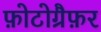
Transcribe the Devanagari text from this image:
फ़ोटोग्रैफ़र